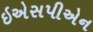
ઇએસપીએન